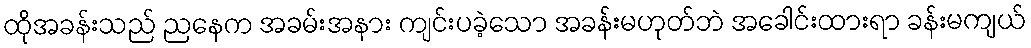
ထိုအခန်းသည် ညနေက အခမ်းအနား ကျင်းပခဲ့သော အခန်းမဟုတ်ဘဲ အခေါင်းထားရာ ခန်းမကျယ်